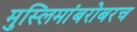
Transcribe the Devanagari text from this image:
मुस्लिमांबरोबरच